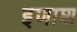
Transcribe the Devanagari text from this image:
इणाश